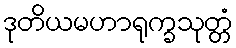
ဒုတိယမဟာရုက္ခသုတ္တံ